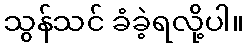
သွန်သင် ခံခဲ့ရလို့ပါ။